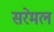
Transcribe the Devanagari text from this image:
सरेमल